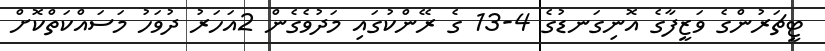
ޓީޗަރުންގެ ވަޒީފާގެ އޮނިގަނޑުގެ 4-13 ގެ ރޭންކުގައި މަދުވެގެން 2އަހަރު ދުވަހު މަސައްކަތްކޮށް